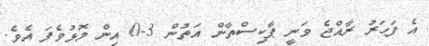
އެ ފަހަރު ރާއްޖެ ވަނީ ޕާކިސްތާން އަތުން 3-0 އިން މޮޅުވެފަ އެވެ.